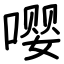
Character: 嘤